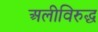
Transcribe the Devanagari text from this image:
अलीविरुद्ध